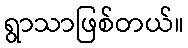
ရွာသာဖြစ်တယ်။